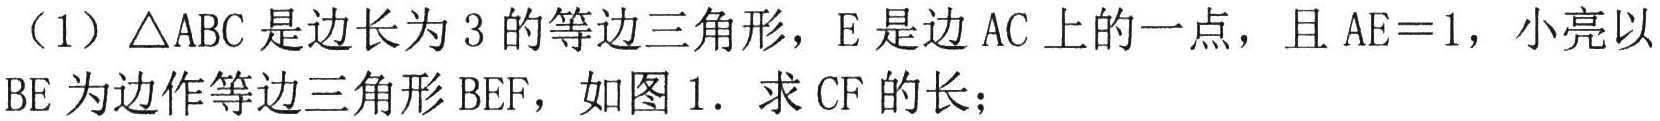
（1）\(\triangle ABC\) 是边长为 \(3\) 的等边三角形，\(E\) 是边 \(AC\) 上的一点，且 \(AE = 1\)，小亮以 \(BE\) 为边作等边三角形 \(BEF\)，如图 1. 求 \(CF\) 的长；